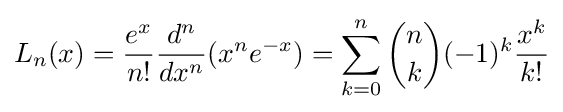
L_{n}(x)={\frac {e^{x}}{n!}}{\frac {d^{n}}{dx^{n}}}(x^{n}e^{-x})=\sum _{k=0}^{n}{\binom {n}{k}}(-1)^{k}{\frac {x^{k}}{k!}}